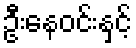
ဦးနေဝင်းနှင့်